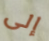
إلى